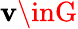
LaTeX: \mathbf{v}\inG